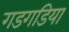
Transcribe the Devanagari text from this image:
गडगडिया